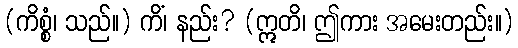
(ကိစ္စံ၊ သည်။) ကိံ၊ နည်း? (ဣတိ၊ ဤကား အမေးတည်း။)